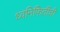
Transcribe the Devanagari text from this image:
ध्वनिफितींची